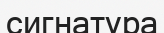
сигнатура